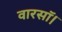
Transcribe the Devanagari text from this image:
वारसॉ।